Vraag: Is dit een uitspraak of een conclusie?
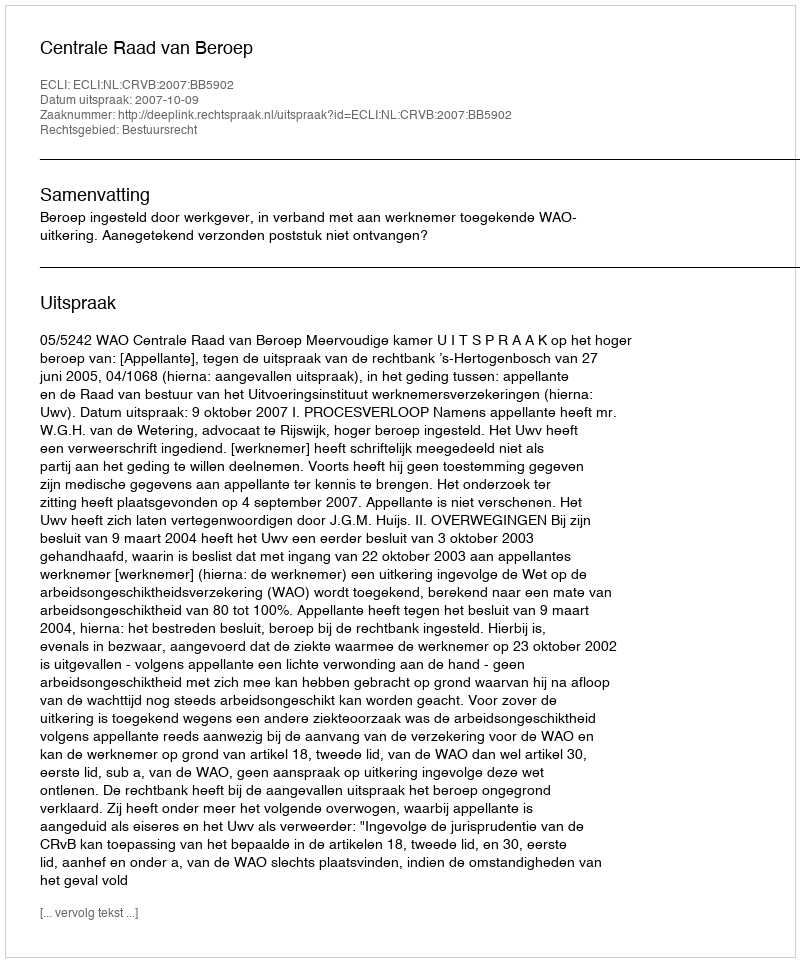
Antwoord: Uitspraak